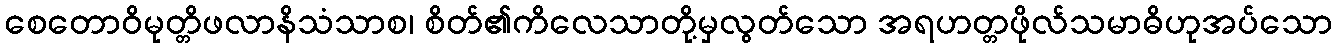
စေတောဝိမုတ္တိဖလာနိသံသာစ၊ စိတ်၏ကိလေသာတို့မှလွတ်သော အရဟတ္တဖိုလ်သမာဓိဟုအပ်သော